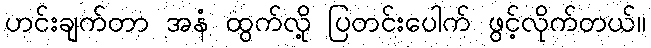
ဟင်းချက်တာ အနံ ထွက်လို့ ပြတင်းပေါက် ဖွင့်လိုက်တယ်။